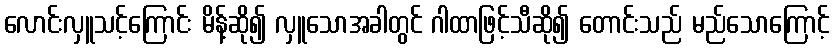
လောင်းလှူသင့်ကြောင်း မိန့်ဆို၍ လှူသောအခါတွင် ဂါထာဖြင့်သီဆို၍ တောင်းသည် မည်သောကြောင့်